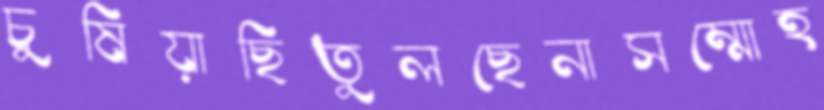
চুষিয়াছিতুলছেনাসম্মোহ